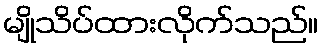
မျိုသိပ်ထားလိုက်သည်။